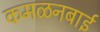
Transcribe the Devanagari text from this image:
कमळनबाई